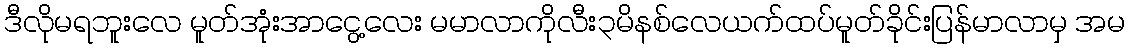
ဒီလိုမရဘူးလေ မူတ်အုံးအာငွေ့လေး မမာလာကိုလီး၃မိနစ်လေယက်ထပ်မူတ်ခိုင်းပြန်မာလာမှ အမ